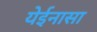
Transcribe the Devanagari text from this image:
येईनासा